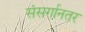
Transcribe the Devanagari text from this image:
संसर्गानतर